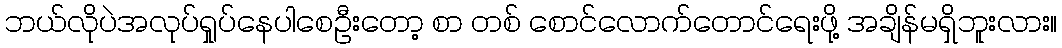
ဘယ်လိုပဲအလုပ်ရှုပ်နေပါစေဦးတော့ စာ တစ် စောင်လောက်တောင်ရေးဖို့ အချိန်မရှိဘူးလား။